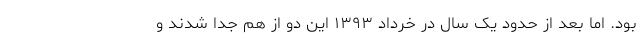
بود. اما بعد از حدود یک سال در خرداد ۱۳۹۳ این دو از هم جدا شدند و